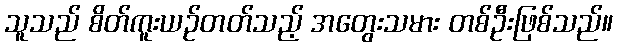
သူသည် စိတ်ကူးယဉ်တတ်သည့် အတွေးသမား တစ်ဦးဖြစ်သည်။